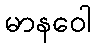
မာနဝေါ